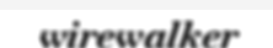
wirewalker